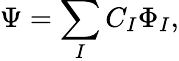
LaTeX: \Psi=\sum_{I}C_{I}\Phi_{I},